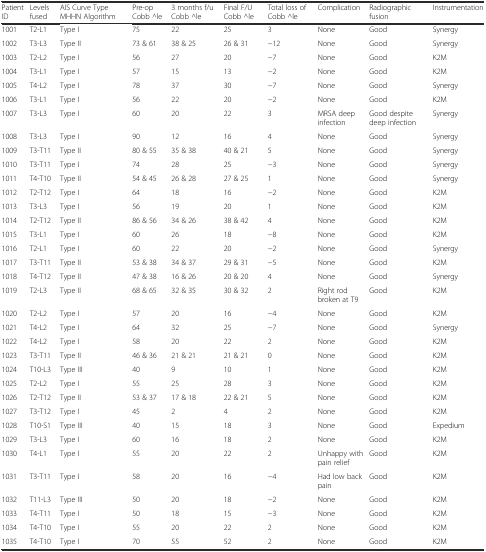
<table><thead><tr><td><b>Patient ID</b></td><td><b>Levels fused</b></td><td><b>AIS Curve Type MHHN Algorithm</b></td><td><b>Pre-op Cobb ^le</b></td><td><b>3 months f/u Cobb ^le</b></td><td><b>Final F/U Cobb ^le</b></td><td><b>Total loss of Cobb ^le</b></td><td><b>Complication</b></td><td><b>Radiographic fusion</b></td><td><b>Instrumentation</b></td></tr></thead><tbody><tr><td>1001</td><td>T2-L1</td><td>Type I</td><td>75</td><td>22</td><td>25</td><td>3</td><td>None</td><td>Good</td><td>Synergy</td></tr><tr><td>1002</td><td>T3-L3</td><td>Type II</td><td>73 &amp; 61</td><td>38 &amp; 25</td><td>26 &amp; 31</td><td>−12</td><td>None</td><td>Good</td><td>Synergy</td></tr><tr><td>1003</td><td>T2-L2</td><td>Type I</td><td>56</td><td>27</td><td>20</td><td>−7</td><td>None</td><td>Good</td><td>K2M</td></tr><tr><td>1004</td><td>T3-L1</td><td>Type I</td><td>57</td><td>15</td><td>13</td><td>−2</td><td>None</td><td>Good</td><td>K2M</td></tr><tr><td>1005</td><td>T4-L2</td><td>Type I</td><td>78</td><td>37</td><td>30</td><td>−7</td><td>None</td><td>Good</td><td>Synergy</td></tr><tr><td>1006</td><td>T3-L1</td><td>Type I</td><td>56</td><td>22</td><td>20</td><td>−2</td><td>None</td><td>Good</td><td>K2M</td></tr><tr><td>1007</td><td>T3-L3</td><td>Type I</td><td>60</td><td>20</td><td>22</td><td>3</td><td>MRSA deep infection</td><td>Good despite deep infection</td><td>Synergy</td></tr><tr><td>1008</td><td>T3-L3</td><td>Type I</td><td>90</td><td>12</td><td>16</td><td>4</td><td>None</td><td>Good</td><td>Synergy</td></tr><tr><td>1009</td><td>T3-T11</td><td>Type II</td><td>80 &amp; 55</td><td>35 &amp; 38</td><td>40 &amp; 21</td><td>5</td><td>None</td><td>Good</td><td>Synergy</td></tr><tr><td>1010</td><td>T3-T11</td><td>Type I</td><td>74</td><td>28</td><td>25</td><td>−3</td><td>None</td><td>Good</td><td>Synergy</td></tr><tr><td>1011</td><td>T4-T10</td><td>Type II</td><td>54 &amp; 45</td><td>26 &amp; 28</td><td>27 &amp; 25</td><td>1</td><td>None</td><td>Good</td><td>Synergy</td></tr><tr><td>1012</td><td>T2-T12</td><td>Type I</td><td>64</td><td>18</td><td>16</td><td>−2</td><td>None</td><td>Good</td><td>K2M</td></tr><tr><td>1013</td><td>T3-L3</td><td>Type I</td><td>56</td><td>19</td><td>20</td><td>1</td><td>None</td><td>Good</td><td>K2M</td></tr><tr><td>1014</td><td>T2-T12</td><td>Type II</td><td>86 &amp; 56</td><td>34 &amp; 26</td><td>38 &amp; 42</td><td>4</td><td>None</td><td>Good</td><td>K2M</td></tr><tr><td>1015</td><td>T3-L1</td><td>Type I</td><td>60</td><td>26</td><td>18</td><td>−8</td><td>None</td><td>Good</td><td>K2M</td></tr><tr><td>1016</td><td>T2-L1</td><td>Type I</td><td>60</td><td>22</td><td>20</td><td>−2</td><td>None</td><td>Good</td><td>Synergy</td></tr><tr><td>1017</td><td>T3-T11</td><td>Type II</td><td>53 &amp; 38</td><td>34 &amp; 37</td><td>29 &amp; 31</td><td>−5</td><td>None</td><td>Good</td><td>K2M</td></tr><tr><td>1018</td><td>T4-T12</td><td>Type II</td><td>47 &amp; 38</td><td>16 &amp; 26</td><td>20 &amp; 20</td><td>4</td><td>None</td><td>Good</td><td>Synergy</td></tr><tr><td>1019</td><td>T2-L3</td><td>Type II</td><td>68 &amp; 65</td><td>32 &amp; 35</td><td>30 &amp; 32</td><td>2</td><td>Right rod broken at T9</td><td>Good</td><td>K2M</td></tr><tr><td>1020</td><td>T2-L2</td><td>Type I</td><td>57</td><td>20</td><td>16</td><td>−4</td><td>None</td><td>Good</td><td>K2M</td></tr><tr><td>1021</td><td>T4-L2</td><td>Type I</td><td>64</td><td>32</td><td>25</td><td>−7</td><td>None</td><td>Good</td><td>Synergy</td></tr><tr><td>1022</td><td>T4-L2</td><td>Type I</td><td>58</td><td>20</td><td>22</td><td>2</td><td>None</td><td>Good</td><td>K2M</td></tr><tr><td>1023</td><td>T3-T11</td><td>Type II</td><td>46 &amp; 36</td><td>21 &amp; 21</td><td>21 &amp; 21</td><td>0</td><td>None</td><td>Good</td><td>K2M</td></tr><tr><td>1024</td><td>T10-L3</td><td>Type III</td><td>40</td><td>9</td><td>10</td><td>1</td><td>None</td><td>Good</td><td>K2M</td></tr><tr><td>1025</td><td>T2-L2</td><td>Type I</td><td>55</td><td>25</td><td>28</td><td>3</td><td>None</td><td>Good</td><td>K2M</td></tr><tr><td>1026</td><td>T2-T12</td><td>Type II</td><td>53 &amp; 37</td><td>17 &amp; 18</td><td>22 &amp; 21</td><td>5</td><td>None</td><td>Good</td><td>K2M</td></tr><tr><td>1027</td><td>T3-T12</td><td>Type I</td><td>45</td><td>2</td><td>4</td><td>2</td><td>None</td><td>Good</td><td>K2M</td></tr><tr><td>1028</td><td>T10-S1</td><td>Type III</td><td>40</td><td>15</td><td>18</td><td>3</td><td>None</td><td>Good</td><td>Expedium</td></tr><tr><td>1029</td><td>T3-L3</td><td>Type I</td><td>60</td><td>16</td><td>18</td><td>2</td><td>None</td><td>Good</td><td>K2M</td></tr><tr><td>1030</td><td>T4-L1</td><td>Type I</td><td>55</td><td>20</td><td>22</td><td>2</td><td>Unhappy with pain relief</td><td>Good</td><td>K2M</td></tr><tr><td>1031</td><td>T3-T11</td><td>Type I</td><td>58</td><td>20</td><td>16</td><td>−4</td><td>Had low back pain</td><td>Good</td><td>K2M</td></tr><tr><td>1032</td><td>T11-L3</td><td>Type III</td><td>50</td><td>20</td><td>18</td><td>−2</td><td>None</td><td>Good</td><td>K2M</td></tr><tr><td>1033</td><td>T4-T11</td><td>Type I</td><td>50</td><td>18</td><td>15</td><td>−3</td><td>None</td><td>Good</td><td>K2M</td></tr><tr><td>1034</td><td>T4-T10</td><td>Type I</td><td>55</td><td>20</td><td>22</td><td>2</td><td>None</td><td>Good</td><td>K2M</td></tr><tr><td>1035</td><td>T4-T10</td><td>Type I</td><td>70</td><td>55</td><td>52</td><td>2</td><td>None</td><td>Good</td><td>K2M</td></tr></tbody></table>